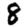
Digit: 8